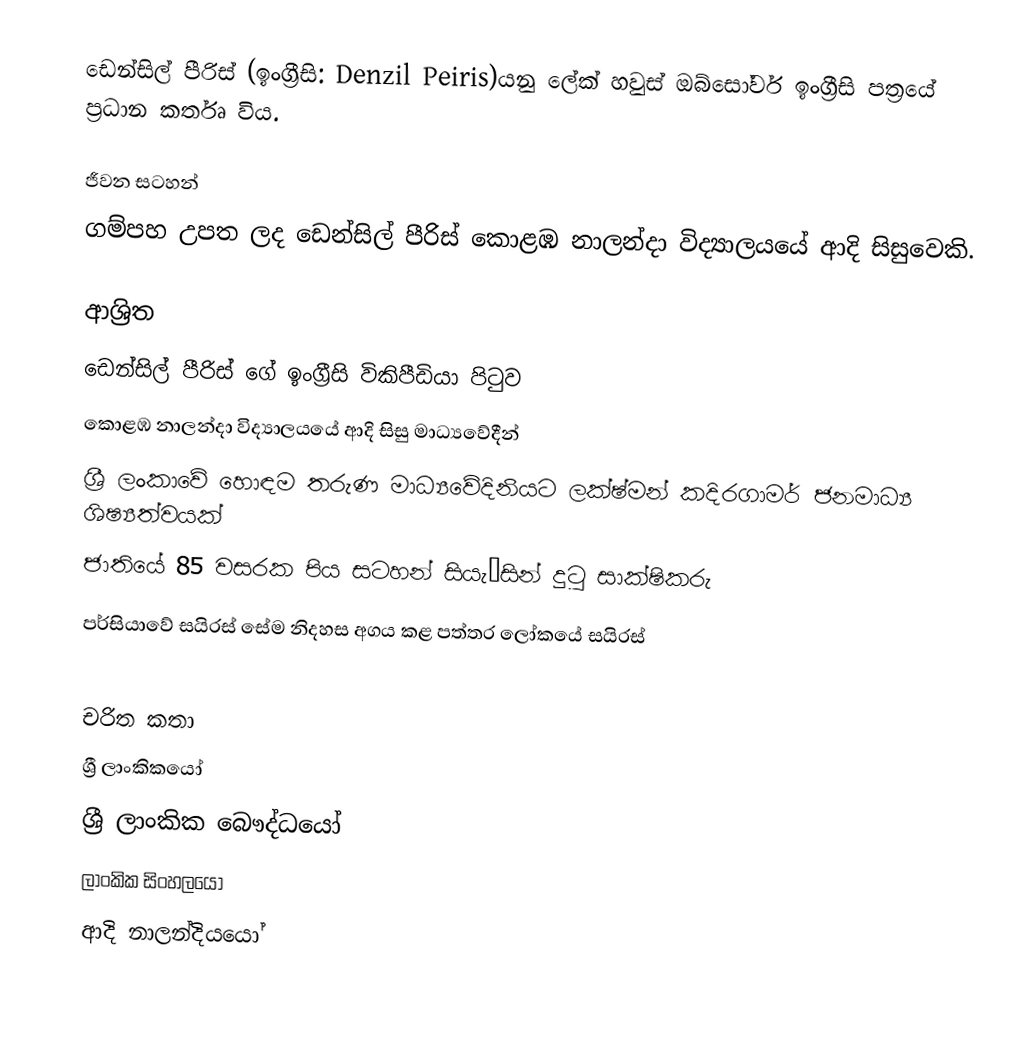
ඩෙන්සිල් පීරිස් (ඉංග්‍රීසි: Denzil Peiris)යනු  ලේක් හවුස් ඔබ්සෝවර් ඉංග්‍රීසි පත්‍රයේ ප්‍රධාන කර්තෘ විය.

ජීවන සටහන්
ගම්පහ උපත ලද ඩෙන්සිල් පීරිස් කොළඹ නාලන්දා විද්‍යාලයයේ ආදි සිසුවෙකි.

ආශ්‍රිත
  ඩෙන්සිල් පීරිස් ගේ ඉංග්‍රීසි විකිපීඩියා පිටුව
 කොළඹ නාලන්දා විද්‍යාලයයේ ආදි සිසු මාධ්‍යවේදීන්
 ශ්‍රී ලංකාවේ හොඳම තරුණ මාධ්‍යවේදිනියට ලක්ෂ්මන් කදිරගාමර් ජනමාධ්‍ය ශිෂ්‍යත්වයක්
 ජාතියේ 85 වසරක පිය සටහන් සියැ’සින් දුටු සාක්ෂිකරු
 පර්සියාවේ සයිරස් සේම නිදහස අගය කළ පත්තර ලෝකයේ සයිරස්

චරිත කතා
ශ්‍රී ලාංකිකයෝ
ශ්‍රී ලාංකික බෞද්ධයෝ
ලාංකික සිංහලයෝ
ආදි නාලන්දියයෝ